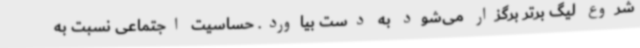
شروع لیگ برتر برگزار می‌شود به دست بیاورد. حساسیت اجتماعی نسبت به